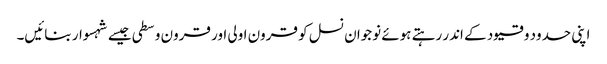
اپنی حدود و قیود کے اندر رہتے ہوئے نوجوان نسل کو قرون اولی اور قرون وسطی جیسے شہسوار بنائیں۔